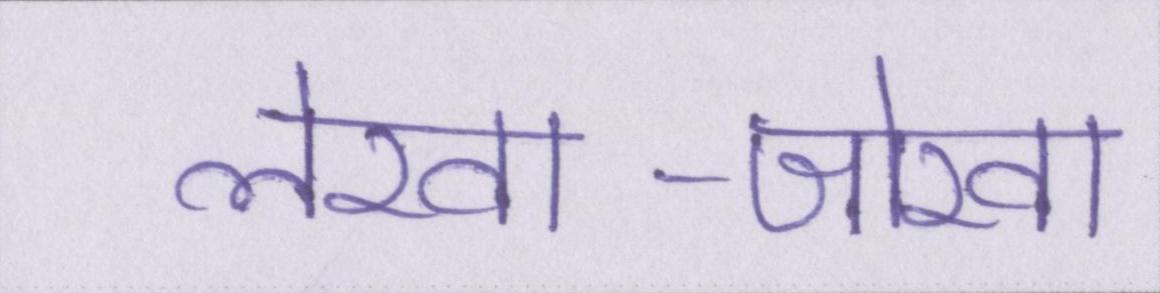
लेखा-जोखा